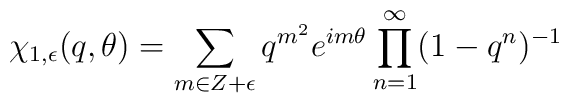
\chi_{1,\epsilon}(q, \theta) = \sum_{m\in Z+\epsilon} q^{m^{2}} e^{im\theta} \prod_{n=1}^{\infty}(1-q^n)^{-1}